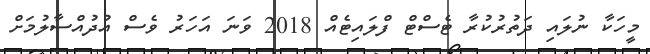
މީހަކާ ނުލައި ދަތުރުކުރާ ޓެސްޓް ފްލައިޓެއް 2018 ވަނަ އަހަރު ވެސް އުދުއްސާލުމަށް